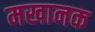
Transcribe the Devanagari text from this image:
मखानक